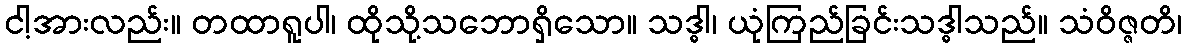
ငါ့အားလည်း။ တထာရူပါ၊ ထိုသို့သဘောရှိသော။ သဒ္ဓါ၊ ယုံကြည်ခြင်းသဒ္ဓါသည်။ သံဝိဇ္ဇတိ၊